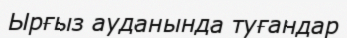
Ырғыз ауданында туғандар